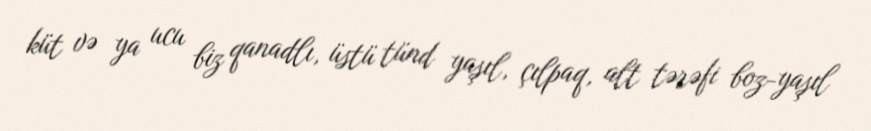
küt və ya ucu biz qanadlı, üstü tünd yaşıl, çılpaq, alt tərəfi boz-yaşıl